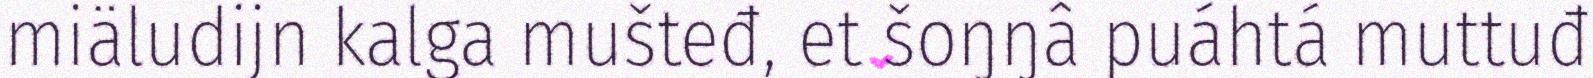
miäludijn kalga mušteđ, et šoŋŋâ puáhtá muttuđ